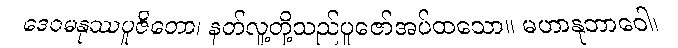
ဒေဝမနုဿပူဇိတော၊ နတ်လူ့တို့သည်ပူဇော်အပ်ထသော။ မဟာနုဘာဝေါ၊